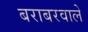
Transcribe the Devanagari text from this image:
बराबरवाले